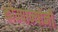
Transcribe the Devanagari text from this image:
कोम्पान्योनी